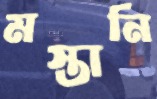
মস্তানি